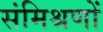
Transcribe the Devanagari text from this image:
संमिश्रणों